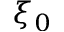
\xi _ { 0 }